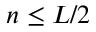
n \leq L / 2